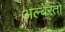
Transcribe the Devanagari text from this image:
अल्बेरतो